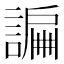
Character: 𧫲